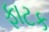
ફાટક